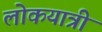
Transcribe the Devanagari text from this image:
लोकयात्री